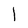
Character: I